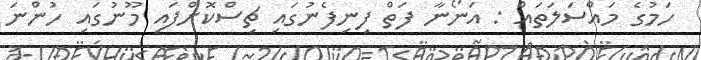
ހަމުގެ މައްސަލަތައް : އަނޯނާ ފަތް ފިނިފެނުގައި ޗިސްކޮށްފައި މޫނުގައި ހުންނަ